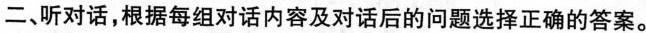
二、听对话,根据每组对话内容及对话后的问题选择正确的答案.